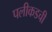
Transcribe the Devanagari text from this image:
पलीकडची